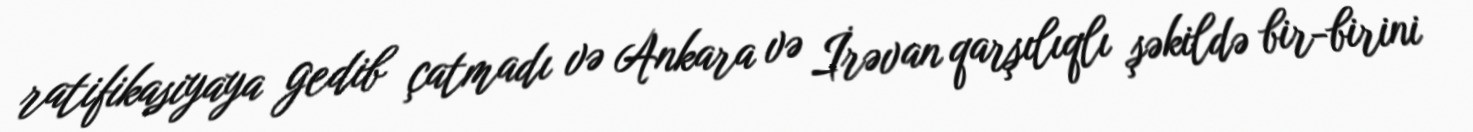
ratifikasiyaya gedib çatmadı və Ankara və İrəvan qarşılıqlı şəkildə bir-birini